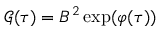
\mathcal { G } ( \tau ) = B ^ { 2 } \exp ( \varphi ( \tau ) )